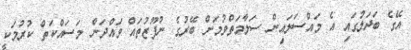
އޭގެ ބަދަލުގައި އެ މައްސަލައިން ސަލާމަތްވުމަށް ބޭރުގެ ނުފޫޒުތައް ވައްދަން މަސައްކަތް ކުރުމަކީ